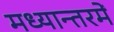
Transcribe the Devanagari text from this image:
मध्यान्तरमें